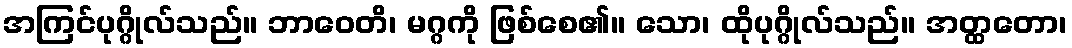
အကြင်ပုဂ္ဂိုလ်သည်။ ဘာဝေတိ၊ မဂ္ဂကို ဖြစ်စေ၏။ သော၊ ထိုပုဂ္ဂိုလ်သည်။ အတ္ထတော၊